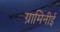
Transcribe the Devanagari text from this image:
ग्रामिनीई